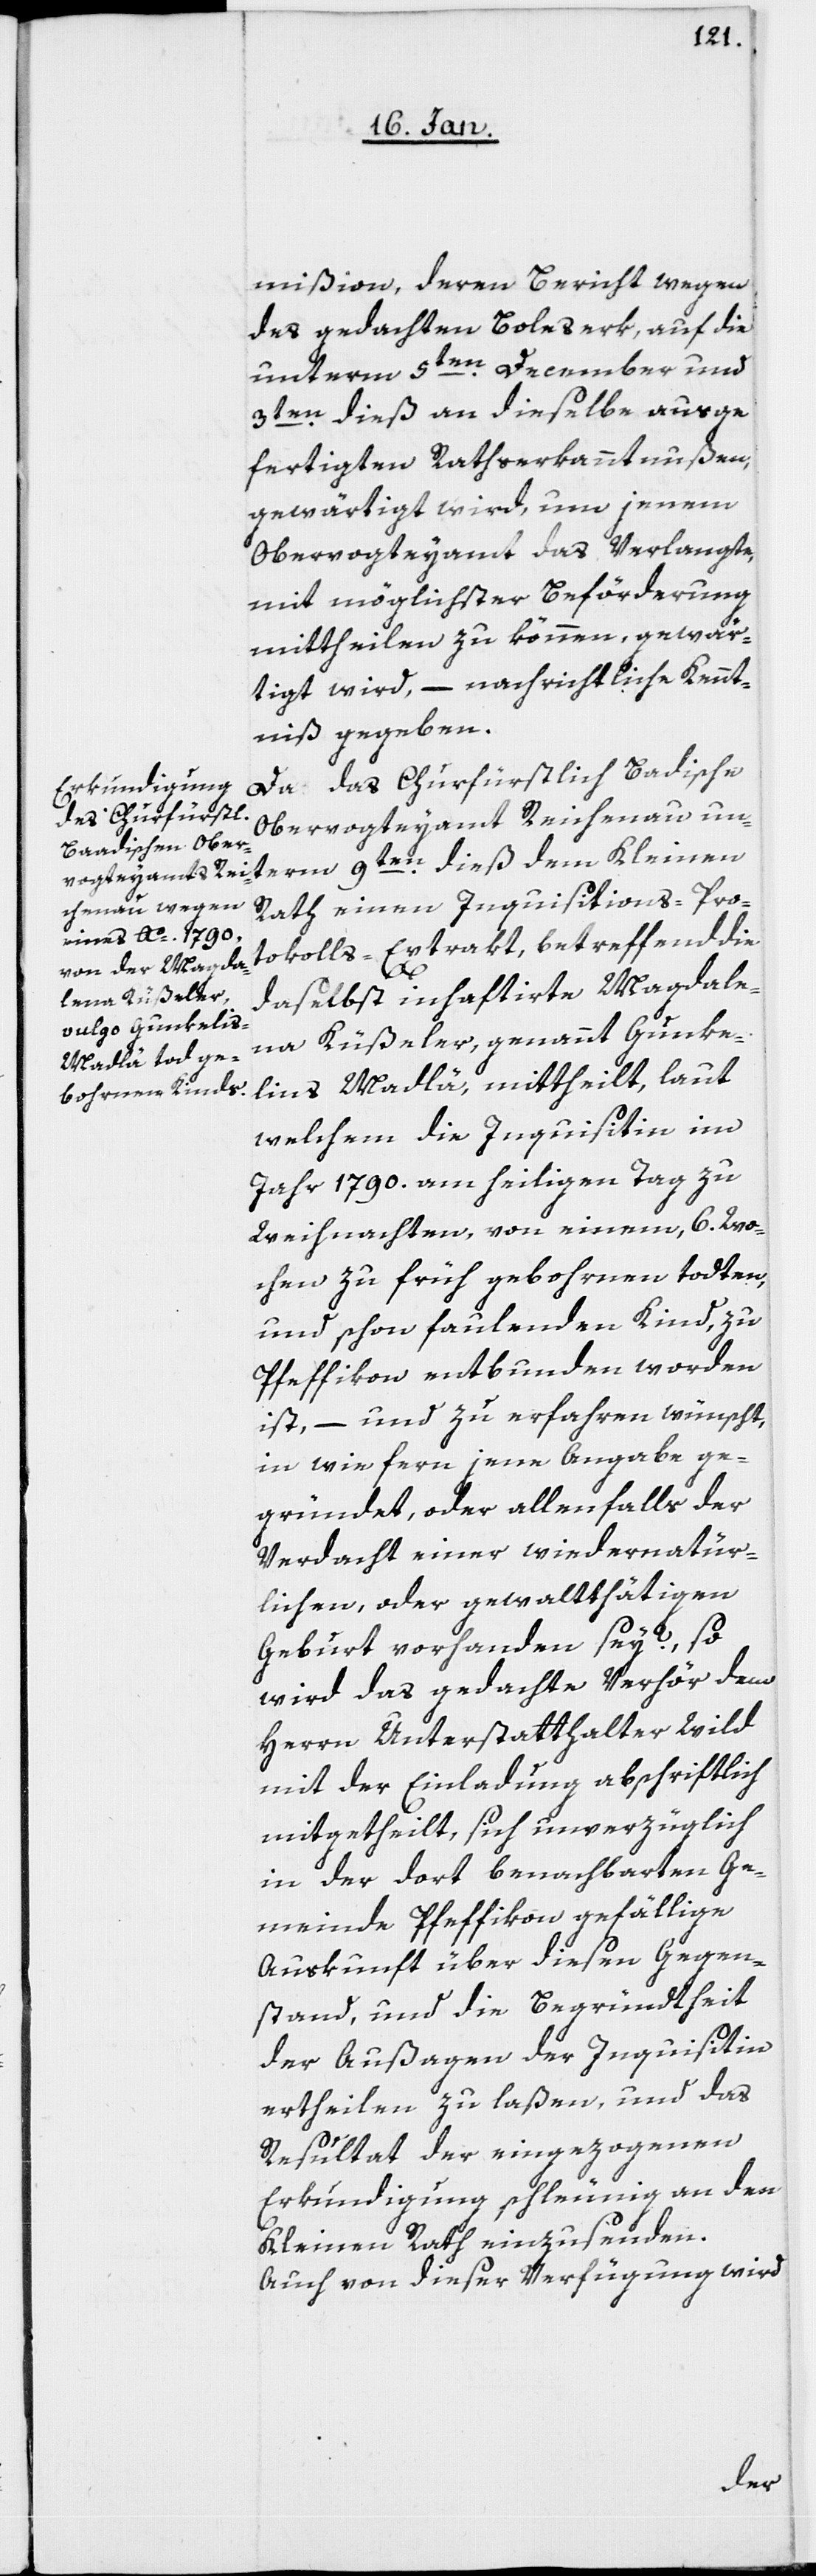
mißion, deren Bericht wegen
des gedachten Boleserk, auf die
unterm 5ten. December und
3ten. dieß an dieselbe ausge¬
fertigten Rathserkanntnußen,
gewärtigt wird, um jenem
Obervogteyamt das Verlangte,
mit möglichster Beförderung
mittheilen zu können, gewär¬
tigt wird, – nachrichtliche Kennt¬
niß gegeben.
Da das Churfürstlich Badische
Obervogteyamt Reichenau un¬
term 9ten. dieß dem Kleinen
Rath einen Inquisitions-Pro¬
tokolls-Extrakt, betreffend die
daselbst inhaftirte Magdale¬
na Küßeler, genannt Gunke¬
lins Madlä, mittheilt, laut
welchem die Inquisitin im
Jahr 1790. am heiligen Tag zu
Weihnachten, von einem, 6. Wo¬
chen zu früh gebohrenen todten,
und schon faulenden Kind, zu
Pfeffikon entbunden worden
ist, – und zu erfahren wünscht,
in wie fern jene Angabe ge¬
gründet, oder allenfalls der
Verdacht einer wiedernatür¬
lichen, oder gewaltthätigen
Geburt vorhanden sey?, so
wird das gedachte Verhör dem
Herrn Unterstatthalter Wild
mit der Einladung abschriftlich
mitgetheilt, sich unverzüglich
in der dort benachbarten Ge¬
meinde Pfeffikon gefällige
Auskunft über diesen Gegen¬
stand, und die Begründtheit
der Außagen der Inquisitin
ertheilen zu laßen, und das
Resultat der eingezogenen
Erkundigung schleunig an den
Kleinen Rath einzusenden.
Auch von dieser Verfügung wird